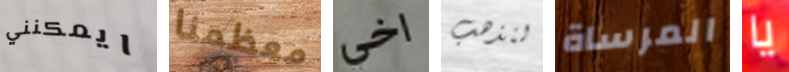
ايمكنني معظمنا اخي لنذهب المرساة يا